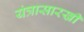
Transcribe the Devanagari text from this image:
यंत्रासारखी